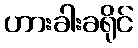
ဟားခါးခရိုင်